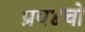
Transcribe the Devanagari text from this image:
प्रप४चो